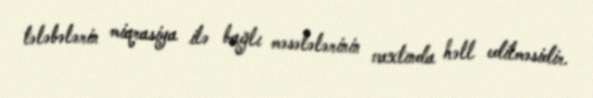
tələbələrin miqrasiya ilə bağlı məsələlərinin vaxtında həll edilməsidir.